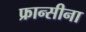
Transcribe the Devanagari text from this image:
फ्रान्सीना